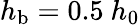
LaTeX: h_{\mathrm{b}}=0.5~h_{0}